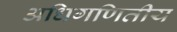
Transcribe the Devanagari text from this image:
अधिगणितीय